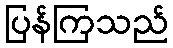
ပြန်ကြသည်